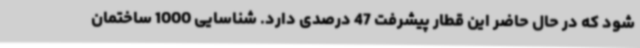
شود که در حال حاضر این قطار پیشرفت 47 درصدی دارد. شناسایی 1000 ساختمان